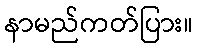
နာမည်ကတ်ပြား။